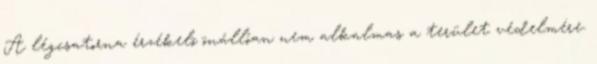
A légcsatorna érzékelõ önállóan nem alkalmas a terület védelmére.